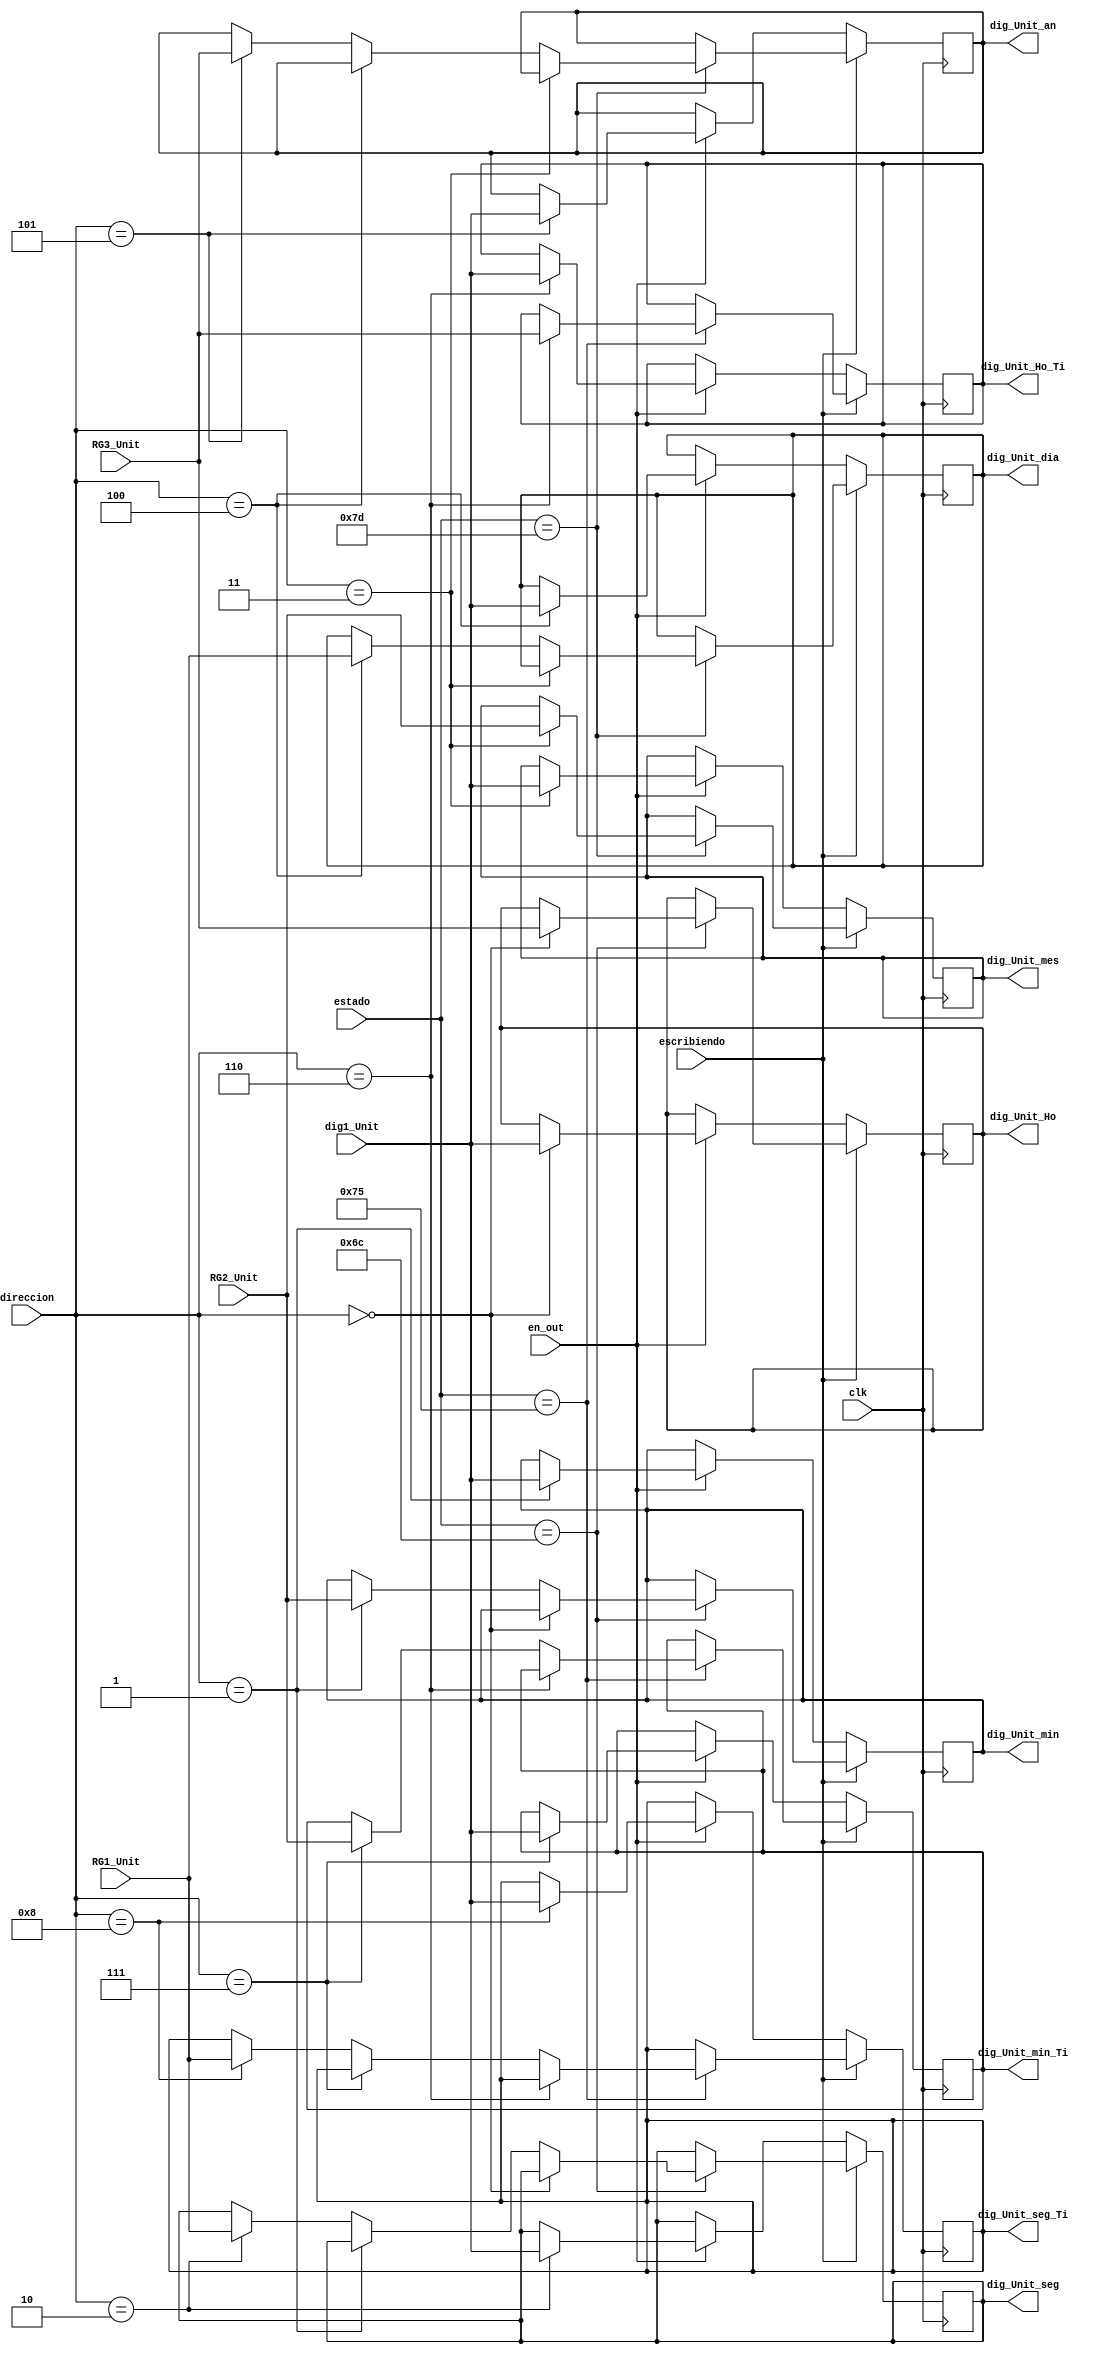
module control_digitos_2
	(
	input  [7:0] estado,
	input  [3:0]RG1_Unit,
   input  [3:0]RG2_Unit,
   input  [3:0]RG3_Unit,
	input escribiendo,
	input en_out,
	input wire clk,
	input wire [3:0] dig1_Unit,
	input  [3:0] direccion,
	output reg [3:0] dig_Unit_Ho, dig_Unit_min, dig_Unit_seg, dig_Unit_mes, dig_Unit_dia, dig_Unit_an, dig_Unit_Ho_Ti, dig_Unit_min_Ti, dig_Unit_seg_Ti
	);
	always @(posedge clk)
	if (~escribiendo)
		if (en_out)
			case (direccion)
				4'b0000:
							dig_Unit_Ho<=dig1_Unit;		
				4'b0001:
							dig_Unit_min<=dig1_Unit;	
				4'b0010:
							dig_Unit_seg<=dig1_Unit;		
				4'b0011:
							dig_Unit_mes<=dig1_Unit;		
				4'b0100:
							dig_Unit_dia<=dig1_Unit;	
				4'b0101:
							dig_Unit_an<=dig1_Unit;	
				4'b0110:
							dig_Unit_Ho_Ti<=dig1_Unit;	
				4'b0111:
						   dig_Unit_min_Ti<=dig1_Unit;					
				4'b1000: 
						   dig_Unit_seg_Ti<=dig1_Unit;
				default:
							begin
								dig_Unit_Ho<=dig_Unit_Ho;	
								dig_Unit_min<=dig_Unit_min;
								dig_Unit_seg<=dig_Unit_seg;
								dig_Unit_mes<=dig_Unit_mes;
								dig_Unit_an<=dig_Unit_an;
								dig_Unit_dia<=dig_Unit_dia;
								dig_Unit_Ho_Ti<=dig_Unit_Ho_Ti;
								dig_Unit_min_Ti<=dig_Unit_min_Ti;
								dig_Unit_seg_Ti<=dig_Unit_seg_Ti;
							end
			endcase
		else
			begin
				dig_Unit_Ho<=dig_Unit_Ho;
				dig_Unit_min<=dig_Unit_min;
				dig_Unit_seg<=dig_Unit_seg;
				dig_Unit_mes<=dig_Unit_mes;
				dig_Unit_dia<=dig_Unit_dia;
				dig_Unit_an<=dig_Unit_an;
				dig_Unit_Ho_Ti<=dig_Unit_Ho_Ti;
				dig_Unit_min_Ti<=dig_Unit_min_Ti;
				dig_Unit_seg_Ti<=dig_Unit_seg_Ti;
			end
	else 
		case (estado)
			8'h7d:
					begin
						if (direccion==4'b0011)
							dig_Unit_mes<=RG2_Unit;
						else
						if (direccion==4'b0100)
							dig_Unit_dia<=RG1_Unit;
						else
						if (direccion==4'b0101)
							dig_Unit_an<=RG3_Unit;
						else
							begin
							dig_Unit_mes<=dig_Unit_mes;
							dig_Unit_dia<=dig_Unit_dia;
							dig_Unit_an<=dig_Unit_an;
							end
					end
			8'h6c:
					begin
						if (direccion==4'b0000)
							dig_Unit_Ho<=RG3_Unit;
						else
						if (direccion==4'b0001)
							dig_Unit_min<=RG2_Unit;
						else
						if (direccion==4'b0010)
							dig_Unit_seg<=RG1_Unit;
						else
							begin
							dig_Unit_Ho<=dig_Unit_Ho;
							dig_Unit_min<=dig_Unit_min;
							dig_Unit_seg<=dig_Unit_seg;
							end
					end
			8'h75:
					begin
						if (direccion==4'b0110)
							dig_Unit_Ho_Ti<=RG3_Unit;
						else
						if (direccion==4'b0111)
							dig_Unit_min_Ti<=RG2_Unit;
						else
						if (direccion==4'b1000)
							dig_Unit_seg_Ti<=RG1_Unit;
						else
							begin
							dig_Unit_Ho_Ti<=dig_Unit_Ho_Ti;
							dig_Unit_min_Ti<=dig_Unit_min_Ti;
							dig_Unit_seg_Ti<=dig_Unit_seg_Ti;
							end
					end
			default:
						begin
							dig_Unit_Ho<=dig_Unit_Ho;
							dig_Unit_min<=dig_Unit_min;
							dig_Unit_seg<=dig_Unit_seg;
							dig_Unit_mes<=dig_Unit_mes;
							dig_Unit_dia<=dig_Unit_dia;
							dig_Unit_an<=dig_Unit_an;
							dig_Unit_Ho_Ti<=dig_Unit_Ho_Ti;
							dig_Unit_min_Ti<=dig_Unit_min_Ti;
							dig_Unit_seg_Ti<=dig_Unit_seg_Ti;
						end
		endcase
	endmodule